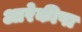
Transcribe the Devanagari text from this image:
आरेकीपा